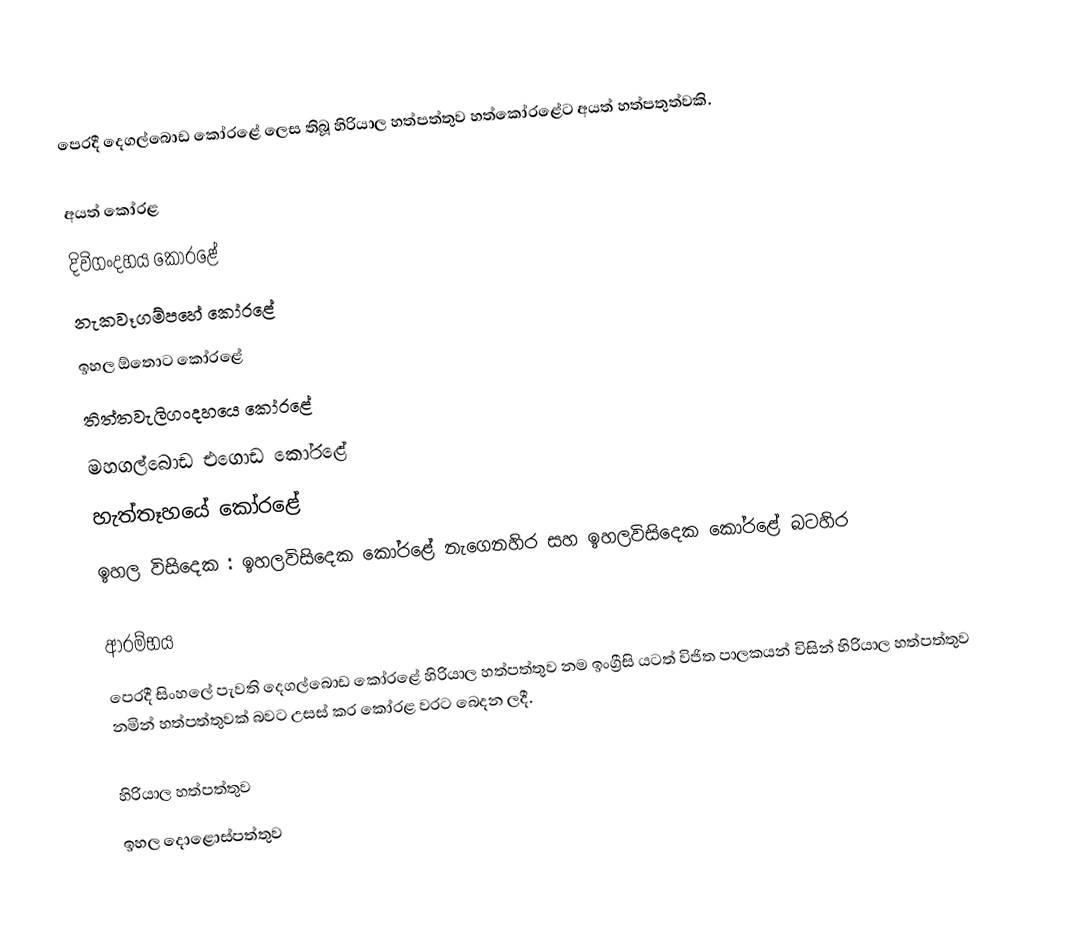
පෙරදී දෙගල්බොඩ කෝරළේ ලෙස තිබූ හිරියාල හත්පත්තුව හත්කෝරළේට අයත් හත්පතුත්වකි.

අයත් කෝරළ
 දිවිගංදහය කෝරළේ
 නැකවෑගම්පහේ කෝරළේ
 ඉහල ඕතොට කෝරළේ
 තිත්තවැලිගංදහයෙ කෝරළේ
 මහගල්බොඩ එගොඩ කෝරළේ
 හැත්තෑහයේ කෝරළේ
 ඉහල විසිදෙක : ඉහලවිසිදෙක කෝරළේ නැගෙනහිර සහ ඉහලවිසිදෙක කෝරළේ බටහිර

ආරම්භය
පෙරදී සිංහලේ පැවති දෙගල්බොඩ කෝරළේ හිරියාල හත්පත්තුව නම ඉංග්‍රීසි යටත් විජිත පාලකයන් විසින් හිරියාල හත්පත්තුව නමින් හත්පත්තුවක් බවට උසස් කර කෝරළ වරට බෙදන ලදී.

හිරියාල හත්පත්තුව
ඉහල දොළොස්පත්තුව